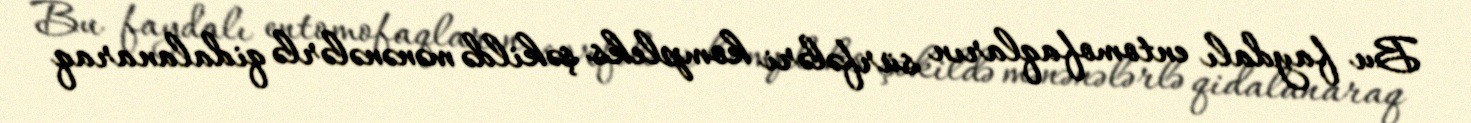
Bu faydalı entomofaqların sürfələri kompleks şəkildə mənənələrlə qidalanaraq